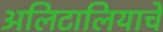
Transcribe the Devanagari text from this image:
अलिटालियाचे